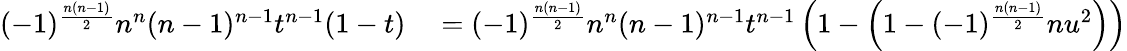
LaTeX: \begin{array}{rl}{(-1)^{\frac{n(n-1)}{2}}n^{n}(n-1)^{n-1}t^{n-1}(1-t)}&{{}=(-1)^{\frac{n(n-1)}{2}}n^{n}(n-1)^{n-1}t^{n-1}\left(1-\left(1-(-1)^{\frac{n(n-1)}{2}}nu^{2}\right)\right)}\end{array}